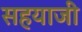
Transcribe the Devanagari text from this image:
सहयाजी